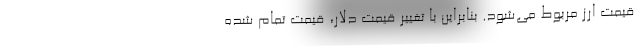
قیمت ارز مربوط می‌شود. بنابراین با تغییر قیمت دلار، قیمت تمام شده